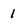
Character: 1